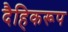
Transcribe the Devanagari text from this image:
दैहिकरूप